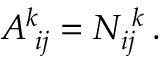
{ \cal A } _ { \, \, i j } ^ { k } = { \cal N } _ { i j } ^ { \, \, k } \, .